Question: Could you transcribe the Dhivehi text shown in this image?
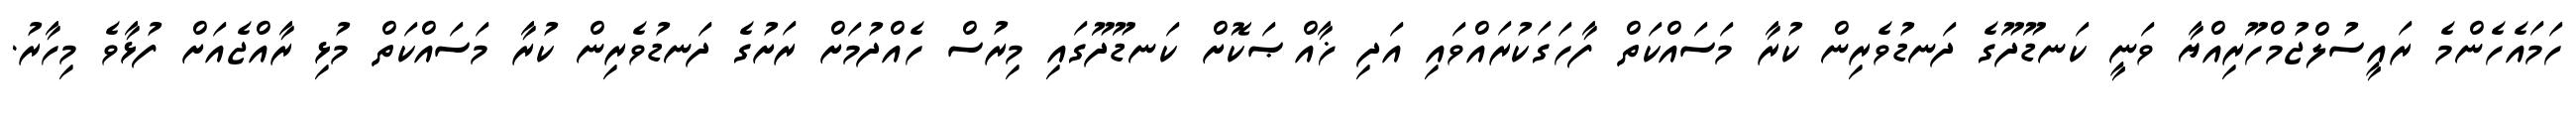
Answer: ހަމައެހެންމެ ރައީސުލްޖުމްހޫރިއްޔާ ވަނީ ކަނޑޫދޫގެ ދަނޑުވެރިން ކުރާ މަސައްކަތް ފާހަގަކުރައްވައި އަދި ޚާއްޞަކޮށް ކަނޑޫދޫގައި މިރުސް ހެއްދުމަށް ރަށުގެ ދަނޑުވެރިން ކުރާ މަސައްކަތް މުޅި ރާއްޖެއަށް ފުޅާވެ މިހާރު.